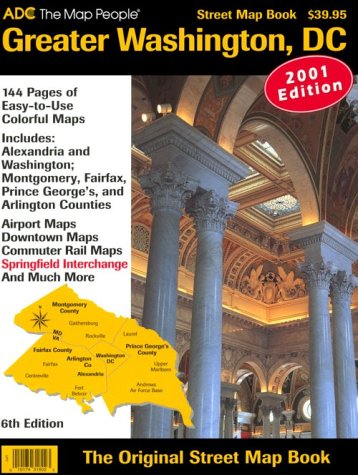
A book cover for Adc Greater Washington, DC Street Map Book; ADC (Firm); Travel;